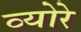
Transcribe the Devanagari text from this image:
व्योरे